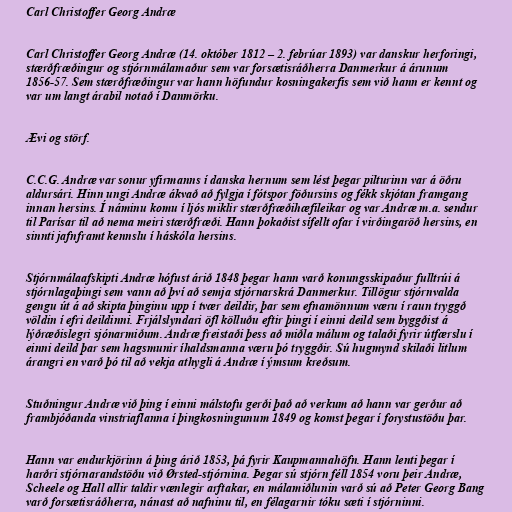
Carl Christoffer Georg Andræ

Carl Christoffer Georg Andræ (14. október 1812 – 2. febrúar 1893) var danskur herforingi,
stærðfræðingur og stjórnmálamaður sem var forsætisráðherra Danmerkur á árunum
1856-57. Sem stærðfræðingur var hann höfundur kosningakerfis sem við hann er kennt og
var um langt árabil notað í Danmörku.

Ævi og störf.

C.C.G. Andræ var sonur yfirmanns í danska hernum sem lést þegar pilturinn var á öðru
aldursári. Hinn ungi Andræ ákvað að fylgja í fótspor föðursins og fékk skjótan framgang
innan hersins. Í náminu komu í ljós miklir stærðfræðihæfileikar og var Andræ m.a. sendur
til Parísar til að nema meiri stærðfræði. Hann þokaðist sífellt ofar í virðingaröð hersins, en
sinnti jafnframt kennslu í háskóla hersins.

Stjórnmálaafskipti Andræ hófust árið 1848 þegar hann varð konungsskipaður fulltrúi á
stjórnlagaþingi sem vann að því að semja stjórnarskrá Danmerkur. Tillögur stjórnvalda
gengu út á að skipta þinginu upp í tvær deildir, þar sem efnamönnum væru í raun tryggð
völdin í efri deildinni. Frjálslyndari öfl kölluðu eftir þingi í einni deild sem byggðist á
lýðræðislegri sjónarmiðum. Andræ freistaði þess að miðla málum og talaði fyrir útfærslu í
einni deild þar sem hagsmunir íhaldsmanna væru þó tryggðir. Sú hugmynd skilaði litlum
árangri en varð þó til að vekja athygli á Andræ í ýmsum kreðsum.

Stuðningur Andræ við þing í einni málstofu gerði það að verkum að hann var gerður að
frambjóðanda vinstriaflanna í þingkosningunum 1849 og komst þegar í forystustöðu þar.

Hann var endurkjörinn á þing árið 1853, þá fyrir Kaupmannahöfn. Hann lenti þegar í
harðri stjórnarandstöðu við Ørsted-stjórnina. Þegar sú stjórn féll 1854 voru þeir Andræ,
Scheele og Hall allir taldir vænlegir arftakar, en málamiðlunin varð sú að Peter Georg Bang
varð forsætisráðherra, nánast að nafninu til, en félagarnir tóku sæti í stjórninni.